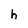
Character: h